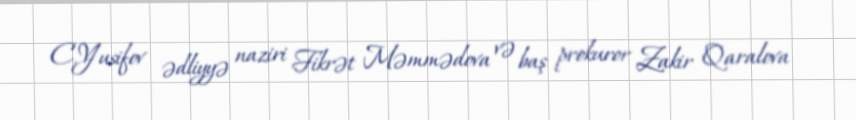
C.Yusifov ədliyyə naziri Fikrət Məmmədova və baş prokuror Zakir Qaralova